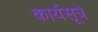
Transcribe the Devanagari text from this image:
कार्यसूत्रे